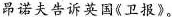
昂诺夫告诉英国《卫报》。